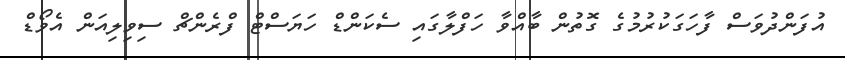
އުފަންދުވަސް ފާހަގަކުރުމުގެ ގޮތުން ބާއްވާ ހަފްލާގައި ސެކަންޑް ހަޔަސްޓް ފްރެންޗް ސިވިލިއަން އެވޯޑް